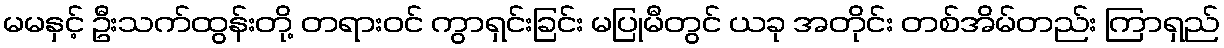
မမနှင့် ဦးသက်ထွန်းတို့ တရားဝင် ကွာရှင်းခြင်း မပြုမီတွင် ယခု အတိုင်း တစ်အိမ်တည်း ကြာရှည်